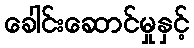
ခေါင်းဆောင်မှုနှင့်